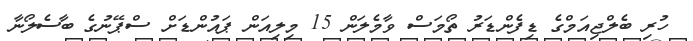
ހުރި ބެލްޖިއަމްގެ ޑިފެންޑަރު ތޯމަސް ވާމެލަން 15 މިލިއަން ޕައުންޑަށް ސްޕޭނުގެ ބާސެލޯނާ